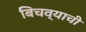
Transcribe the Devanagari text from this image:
बिचव्याची